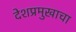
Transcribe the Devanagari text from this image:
देशप्रमुखाचा